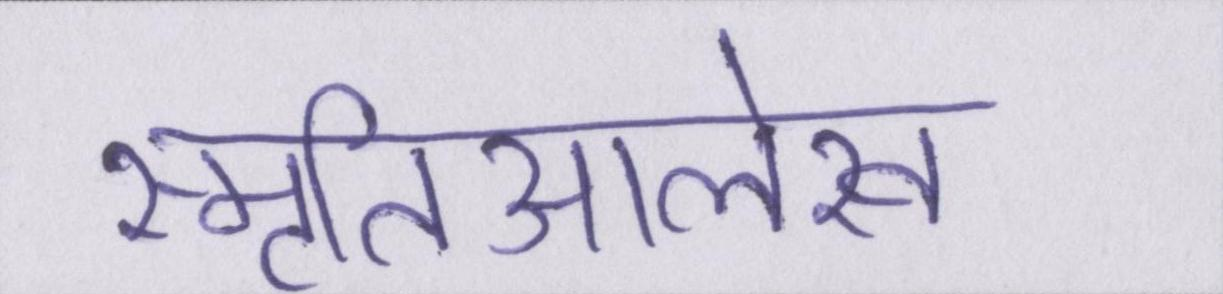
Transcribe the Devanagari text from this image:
स्मृतिआलेख